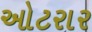
ઓટરાર